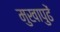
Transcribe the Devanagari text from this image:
मुखापुढें